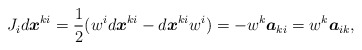
\begin{align*}J_{i}d\boldsymbol{x}^{ki}=\frac{1}{2}(w^{i}d\boldsymbol{x}^{ki}-d\boldsymbol{x}^{ki}w^{i})=-w^{k}\boldsymbol{a}_{ki}=w^{k}\boldsymbol{a}_{ik},\end{align*}